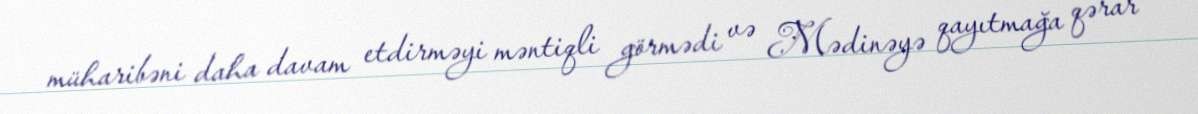
müharibəni daha davam etdirməyi məntiqli görmədi və Mədinəyə qayıtmağa qərar